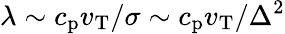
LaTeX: \lambda\sim c_{\mathrm{p}}v_{\mathrm{T}}/\sigma\sim c_{\mathrm{p}}v_{\mathrm{T}}/\Delta^{2}